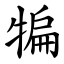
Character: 犏